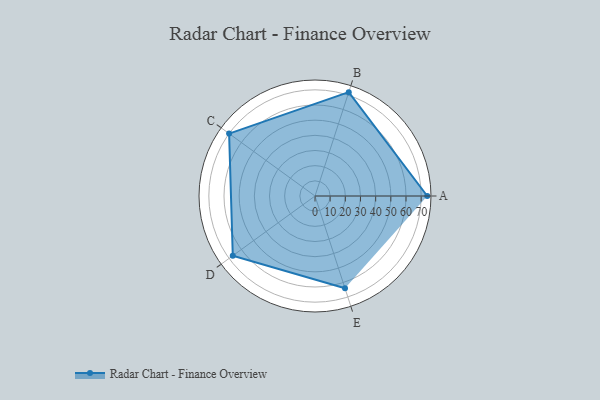
{"axis": {"x": "Skill", "y": "Score"}, "legend": ["Profile"], "data": [{"x": "A", "y": 74.0, "type": "Profile"}, {"x": "B", "y": 72.0, "type": "Profile"}, {"x": "C", "y": 70.0, "type": "Profile"}, {"x": "D", "y": 67.0, "type": "Profile"}, {"x": "E", "y": 64.0, "type": "Profile"}]}